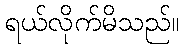
ရယ်လိုက်မိသည်။